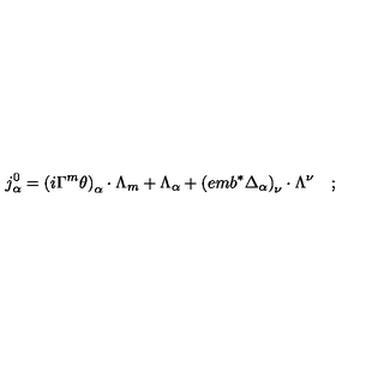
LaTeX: j _ { \alpha } ^ { 0 } = \left( i \Gamma ^ { m } \theta \right) _ { \alpha } \cdot \Lambda _ { m } + \Lambda _ { \alpha } + \left( e m b ^ { * } \Delta _ { \alpha } \right) _ { \nu } \cdot \Lambda ^ { \nu } \quad ;